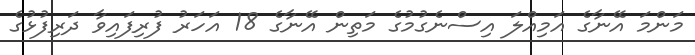
މަންމަ އޭނާގެ އަމިއްލަ އިސްނެގުމުގެ މަތިން އޭނާގެ 18 އަހަރު ފުރިފައިވާ ދަރިފުޅުގެ